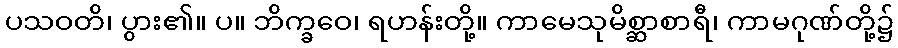
ပသဝတိ၊ ပွား၏။ ပ။ ဘိက္ခဝေ၊ ရဟန်းတို့။ ကာမေသုမိစ္ဆာစာရီ၊ ကာမဂုဏ်တို့၌